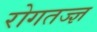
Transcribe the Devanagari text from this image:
रोगतज्ज्ञ